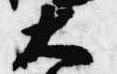
大